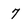
Character: 7